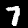
Digit: 7